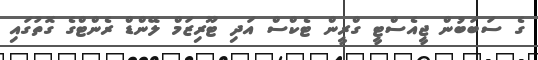
ގެ ސަބަބުން ޖީއެސްޓީ ގްރީން ޓެކްސް އަދި ޓޫރިޒަމް ލޭންޑް ރެންޓްގެ ގޮތުގައި